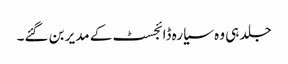
جلد ہی وہ سیارہ ڈائجسٹ کے مدیر بن گئے۔